Vaccination in the Punjab 1905-1918 - 1905-1918
Year: 1905
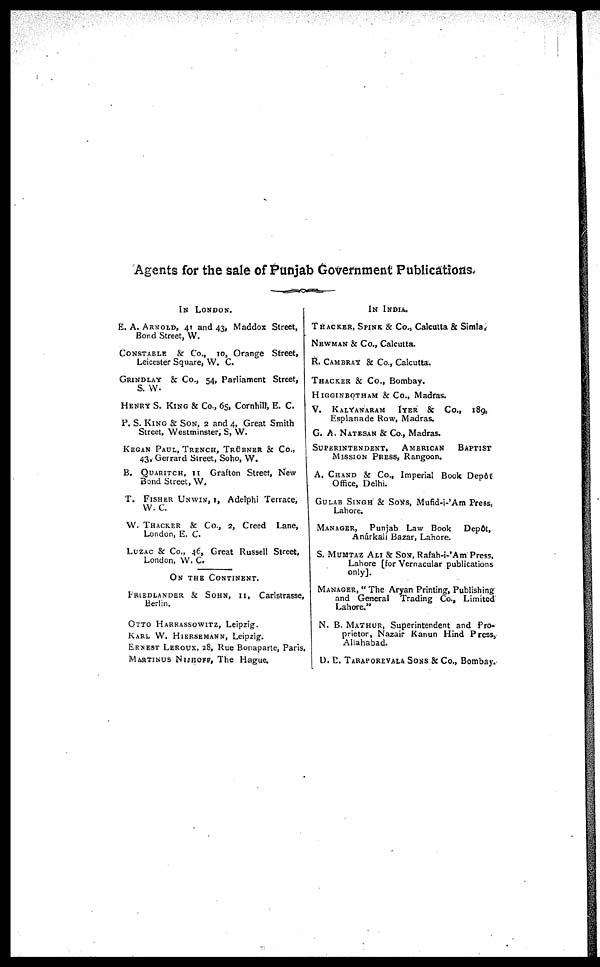
Agents for the sale of Punjab Government Publications.
IN LONDON.
E. A. ARNOLD, 41 and 43, Maddox Street,
Bond Street, W.
CONSTABLE & Co., 10, Orange Street,
Leicester Square, W. C.
GRNDLAY & Co., 54, Parliament Street,
S. W.
HENRY S. KING & Co., 65, Cornhill, E. C.
P. S. KING & SON, 2 and 4, Great Smith
Street, Westminster, S, W.
KEGAN PAUL, TRENCH, TRÜBNER & Co.,
43, Gerrard Street, So ho, W.
B. QUARITCH, II Grafton Street, New
Bond Street, W.
T. FISHER UNWIN, 1, Adelphi Terrace,
W. C.
W. THACKER & Co., 2, Creed Lane,
London, E. C.
LUZAC & Co., 46, Great Russell Street,
London, W. C.
ON THE CONTINENT.
FRIEDLANDER & SOHN, 11, Carlstrasse,
Berlin.
OTTO HARRASSOWITZ, Leipzig.
KARL W. HIERSEMANN, Leipzig.
ERNEST LEROUX, 28, Rue Bonaparte, Paris.
MARTINUS NIJHOFF, The Hague.
IN INDIA.
THACKER, SPINK & Co., Calcutta & Simla.
NEWMAN & Co., Calcutta.
R. CAMBRAY & Co., Calcutta.
THACKER Co., Bombay.
HIGGINBOTHAM & Co., Madras.
V. KALYANARAM IYER
Co., 189,
Esplanade Row, Madras.
G. A. NATESAN & Co., Madras.
SUPERINTENDENT, AMERICAN BAPTIST
MISSION PRESS, Rangoon.
A. CHAND & Co, Imperial Book Depôt
Office, Delhi.
GULAB SINGH & SONS, Mufid-i-'Am Press,
Lahore.
MANAGER, Punjab Law Book Depôt,
Anárkali Bazar, Lahore.
S. MUMTAZ ALI & SON, Rafah-i-'Am Press,
Lahore [for Vernacular publications
only].
MANAGER, " The Aryan Printing, Publishing
and General Trading Co., Limited
Lahore."
N. B. MATHUR, Superintendent and Pro-
prietor, Nazair Kanun Hind Press,
Allahabad.
D. D. TARAPOREVALA SONS & Co., Bombay.